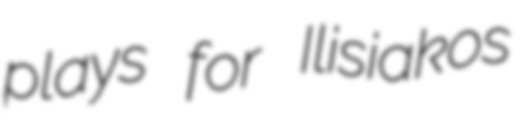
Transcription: plays for Ilisiakos